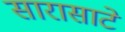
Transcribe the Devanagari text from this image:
सारासाटे